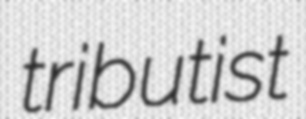
tributist